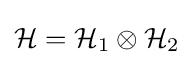
{\mathcal {H}}={\mathcal {H}}_{1}\otimes {\mathcal {H}}_{2}